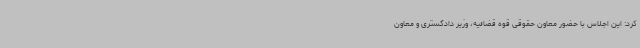
کرد: این اجلاس با حضور معاون حقوقی قوه قضائیه، وزیر دادگستری و معاون